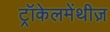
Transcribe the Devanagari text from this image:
ट्रॉकेलमेंथीज़